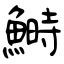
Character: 鰣